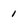
Character: 1